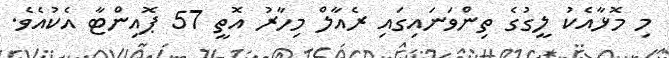
މި މޮޅާއެކު ލީގުގެ ތިންވަނައިގައި ރެއާލް މިހާރު އޮތީ 57 ޕޮޮއިންޓާ އެކުއެވެ.